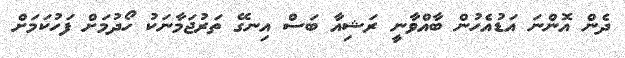
ދެން އޮންނަ އަޑުއެހުން ބާއްވާނީ ރަޝިއާ ބަސް އިނގޭ ތަރުޖަމާނަކު ހޯދުމަށް ފަހުކަމަށް